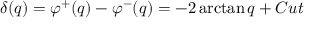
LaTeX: \delta ( q ) = \varphi ^ { + } ( q ) - \varphi ^ { - } ( q ) = - 2 \arctan q + C u t